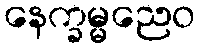
နေက္ခမ္မညေဝ